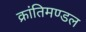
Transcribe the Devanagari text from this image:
क्रांतिमण्डल